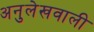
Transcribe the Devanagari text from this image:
अनुलेखवाली